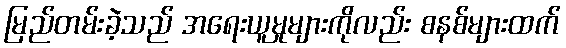
မြည်တမ်းခဲ့သည် အရေးယူမှုများကိုလည်း စနစ်များထက်